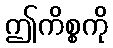
ဤကိစ္စကို